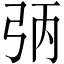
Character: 𪪻